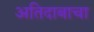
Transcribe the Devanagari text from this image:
अतिदाबाचा